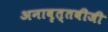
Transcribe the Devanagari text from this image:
अनावृत्तबीजी